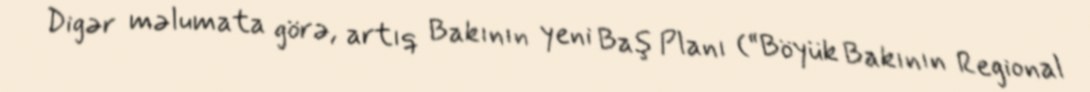
Digər məlumata görə, artıq Bakının yeni Baş Planı (“Böyük Bakının Regional